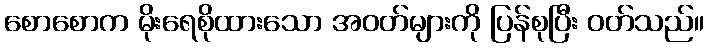
စောစောက မိုးရေစိုထားသော အဝတ်များကို ပြန်စုပြီး ဝတ်သည်။